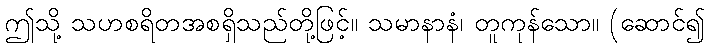
ဤသို့ သဟစရိတအစရှိသည်တို့ဖြင့်။ သမာနာနံ၊ တူကုန်သော။ (ဆောင်၍